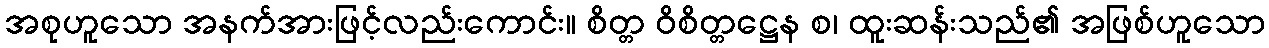
အစုဟူသော အနက်အားဖြင့်လည်းကောင်း။ စိတ္တ ဝိစိတ္တဋ္ဌေန စ၊ ထူးဆန်းသည်၏ အဖြစ်ဟူသော